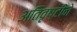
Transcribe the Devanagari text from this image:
अतिवृष्टीने